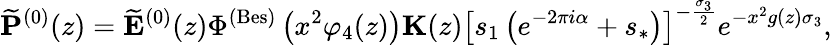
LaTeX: \widetilde{\mathbf{P}}^{(0)}(z)=\widetilde{\mathbf{E}}^{(0)}(z)\Phi^{(\mathrm{Bes})}\left(x^{2}\varphi_{4}(z)\right)\mathbf{K}(z)\left[s_{1}\left(e^{-2\pi i\alpha}+s_{*}\right)\right]^{-\frac{\sigma_{3}}{2}}e^{-x^{2}g(z)\sigma_{3}},